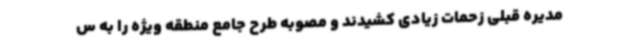
مدیره قبلی زحمات زیادی کشیدند و مصوبه طرح جامع منطقه ویژه را به س